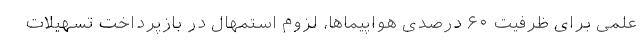
علمی برای ظرفیت ۶۰ درصدی هواپیماها، لزوم استمهال در بازپرداخت تسهیلات